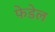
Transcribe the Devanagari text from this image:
फेडेल